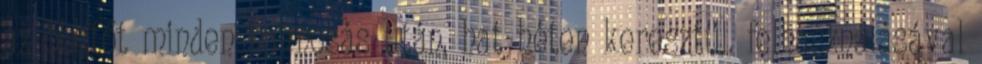
az öblítőt minden hajmosás után, hat héten keresztül. felhasználásával